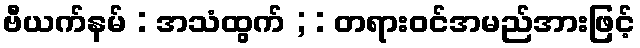
ဗီယက်နမ် : အသံထွက် ; : တရားဝင်အမည်အားဖြင့်